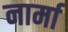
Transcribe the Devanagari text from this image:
नार्मा